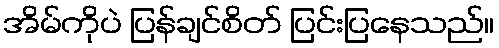
အိမ်ကိုပဲ ပြန်ချင်စိတ် ပြင်းပြနေသည်။